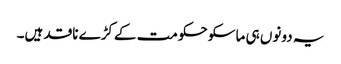
یہ دونوں ہی ماسکو حکومت کےکڑے ناقد ہیں۔